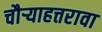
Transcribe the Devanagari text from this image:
चौर्‍याहत्तरावा